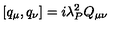
[ q _ { \mu } , q _ { \nu } ] = i \lambda _ { P } ^ { 2 } Q _ { \mu \nu }